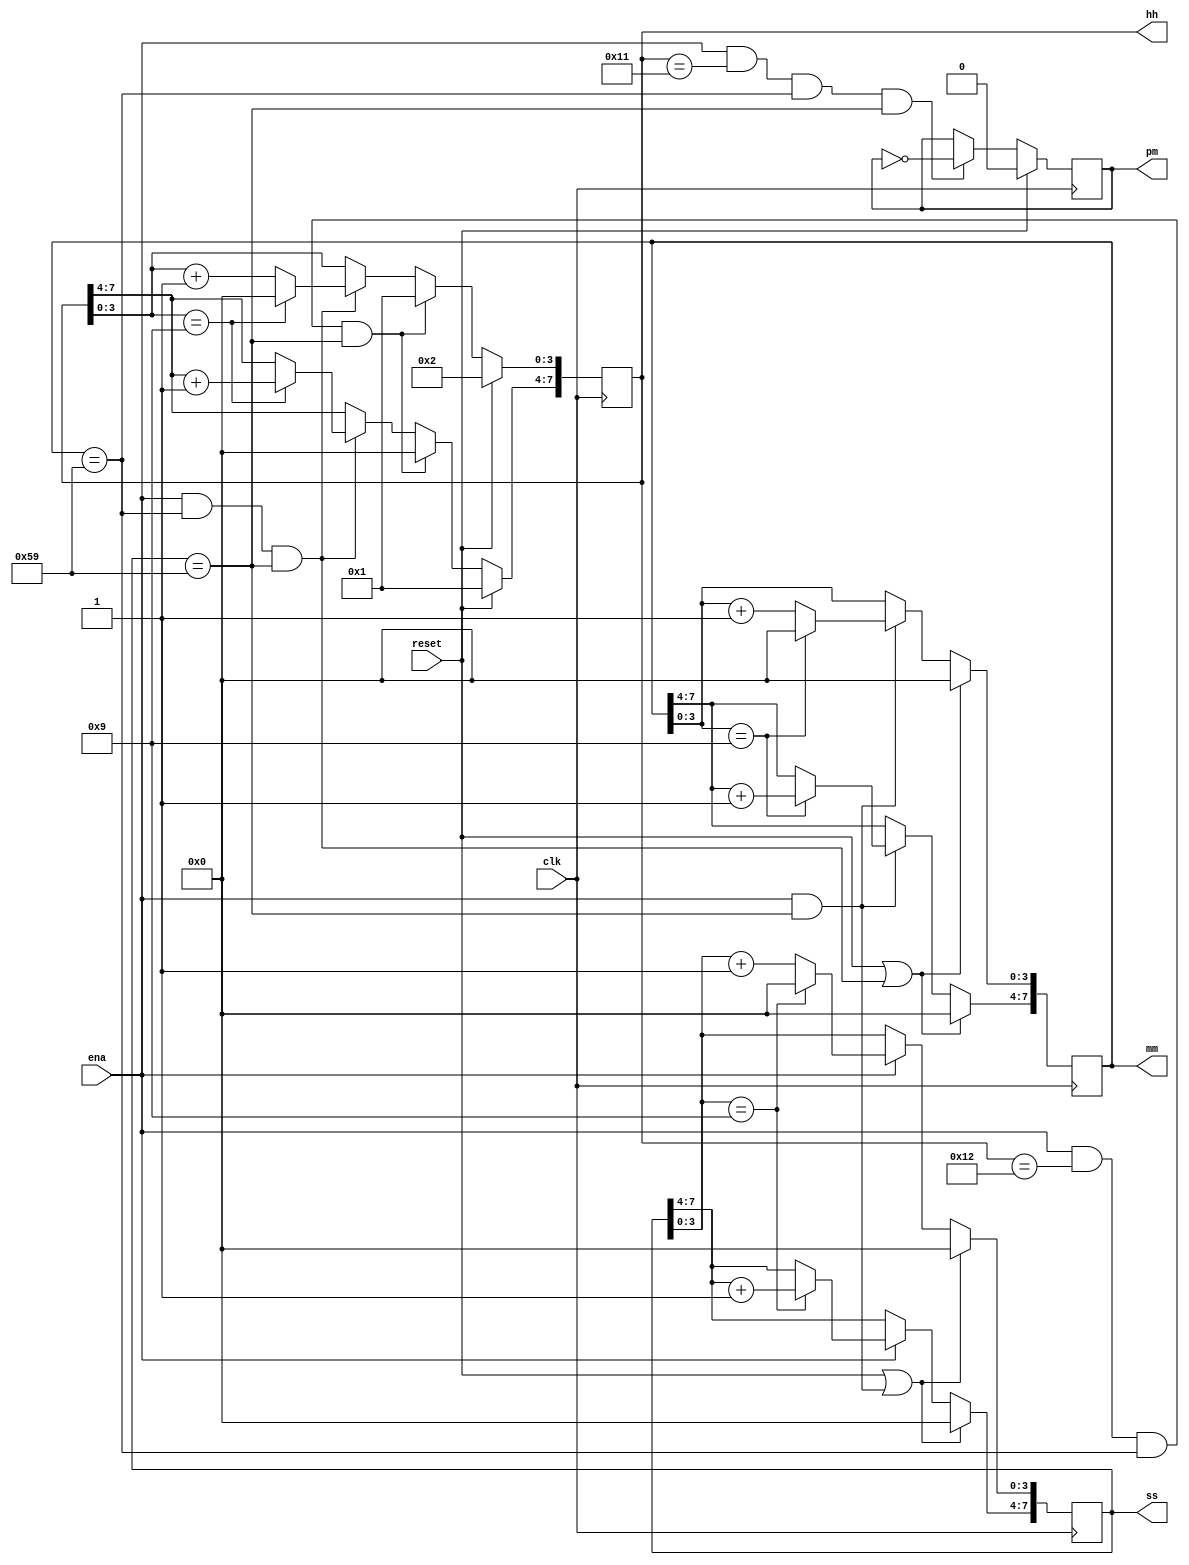
module top_module(
    input clk,
    input reset,
    input ena,
    output pm,
    output [7:0] hh,
    output [7:0] mm,
    output [7:0] ss); 
    //second
    always@(posedge clk) begin
        if (reset|| (ena && ss==8'h59))
            ss <= 8'h00;
        else if (ena)
            begin
                if (ss[3:0]==4'h9)
                    ss <= {ss[7:4]+1,4'h0};
                else
                    ss[3:0] <= ss[3:0]+1;
            end
    end
    //minute
    always@(posedge clk) begin
        if (reset|| (ena && mm==8'h59 && ss==8'h59))
            mm <= 8'h00;
        else if (ena && ss==8'h59)
            begin
                if (mm[3:0]==4'h9)
                    mm <= {mm[7:4]+1,4'h0};
                else
                    mm[3:0] <= mm[3:0]+1;
            end
    end
    //hour
    always@(posedge clk) begin
        if (reset)
            hh <= 8'h12;
        else if (ena && hh==8'h12 &&mm==8'h59 && ss==8'h59)
            hh <= 8'h01;
        else if (ena && mm==8'h59 && ss==8'h59)
            begin
                if (hh[3:0]==4'h9)
                    hh <= {hh[7:4]+1,4'h0};
                else
                    hh[3:0] <= hh[3:0]+1;
            end
    end
    //pm
    always@(posedge clk) begin
        if (reset)
            pm <= 1'b0;
        else if (ena && hh==8'h11 &&mm==8'h59 && ss==8'h59)
            pm <= ~pm;
    end
endmodule